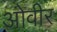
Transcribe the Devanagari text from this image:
ओवीर